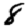
Digit: 8